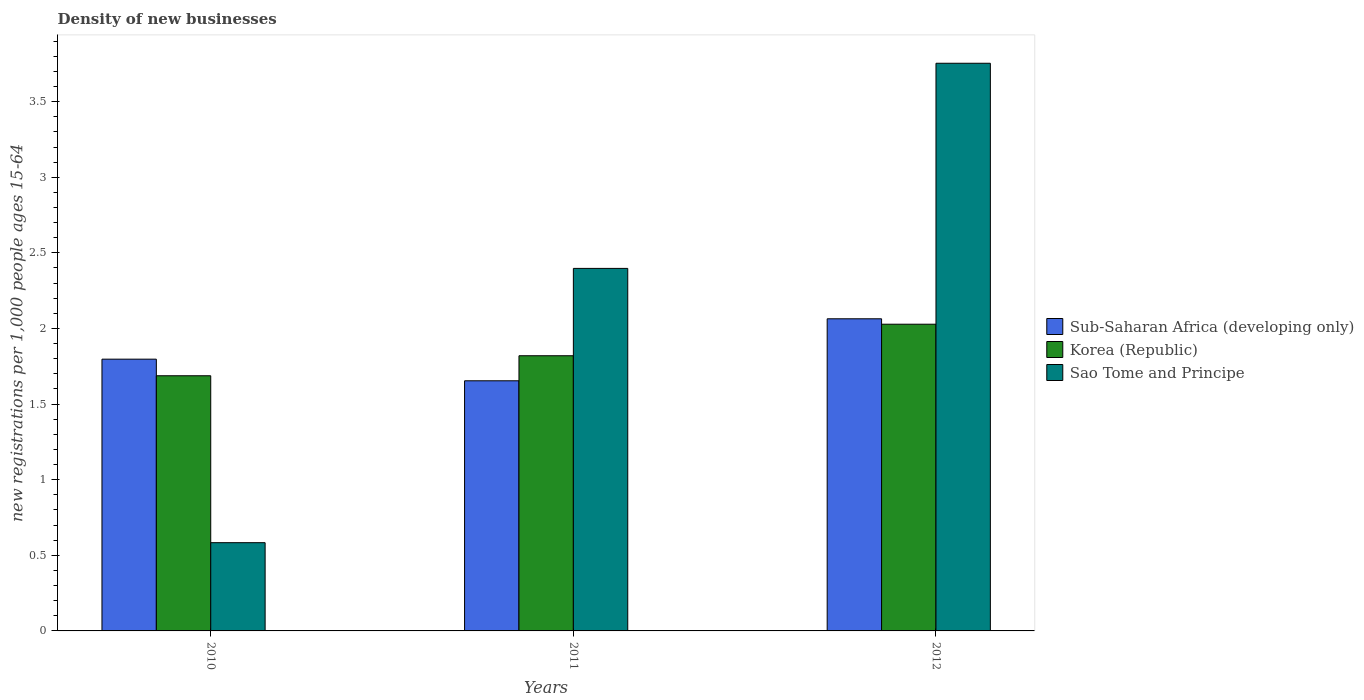
| Years | Sub-Saharan Africa (developing only) | Korea (Republic) | Sao Tome and Principe |
 | --- | --- | --- | --- |
 | 2010 | 1.8 | 1.69 | 0.584 |
 | 2011 | 1.65 | 1.82 | 2.4 |
 | 2012 | 2.06 | 2.03 | 3.75 |